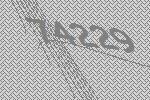
74229